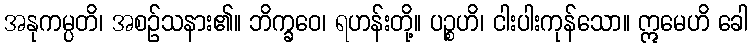
အနုကမ္ပတိ၊ အစဉ်သနား၏။ ဘိက္ခဝေ၊ ရဟန်းတို့။ ပဉ္စဟိ၊ ငါးပါးကုန်သော။ ဣမေဟိ ခေါ